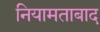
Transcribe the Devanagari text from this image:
नियामताबाद